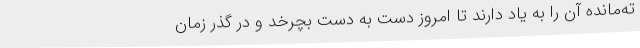
ته‌مانده آن را به یاد دارند تا امروز دست به دست بچرخد و در گذر زمان